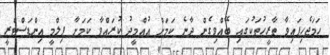
ހަމަޖެހިފައިވާ ތާރީހުތަކުގައި ބޭއްވިގެން ދާނެ ކަމަށް އުއްމީދު ކުރައްވާ ކަމަށާ ފިލްމީ އިންޑަސްޓްރީ